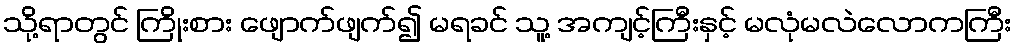
သို့ရာတွင် ကြိုးစား ဖျောက်ဖျက်၍ မရခင် သူ့ အကျင့်ကြီးနှင့် မလုံမလဲလောကကြီး